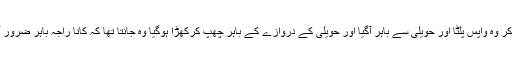
یہ کہہ کر وہ واپس پلٹا اور حویلی سے باہر آگیا اور حویلی کے دروازے کے باہر چھپ کرکھڑا ہوگیا وہ جانتا تھا کہ کانا راجہ باہر ضرور آئے گا۔